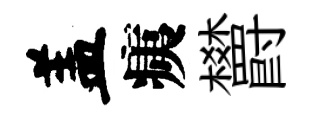
盖痍欝